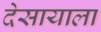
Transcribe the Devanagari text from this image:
देसायाला